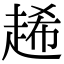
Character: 𧻶